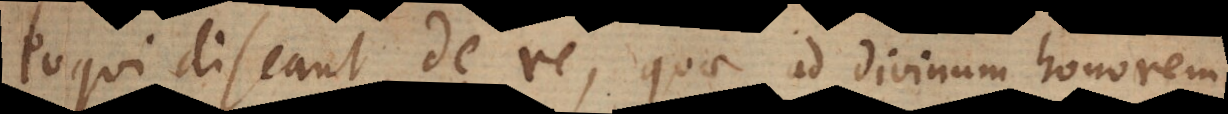
loqui discant de re, quae ad divinum honorem